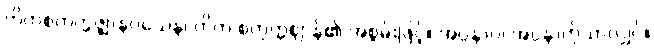
တိကစတုက္ကဇ္ဈာနဝသေန၊ တိက စတုက္ကဈာန်၏ အစွမ်းဖြင့်။ အပ္ပနာဝ၊ အပ္ပနာကိုသာလျှင်။